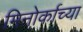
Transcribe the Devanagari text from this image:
मिनोर्काच्या